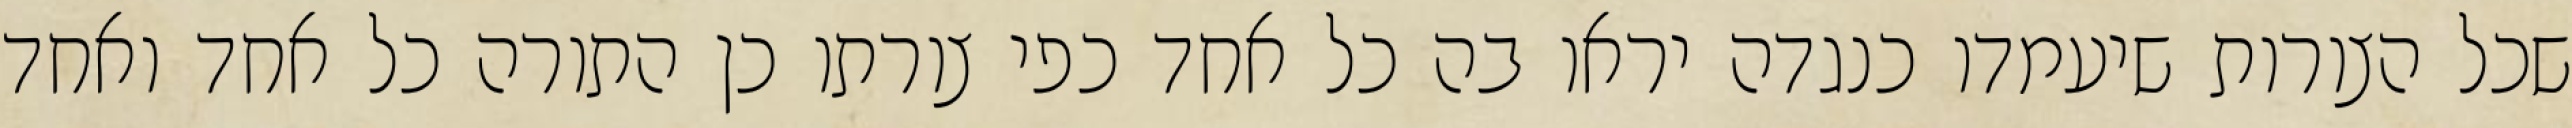
שכל הצורות שיעמדו כנגדה יראו בה כל אחד כפי צורתו כן התורה כל אחד ואחד